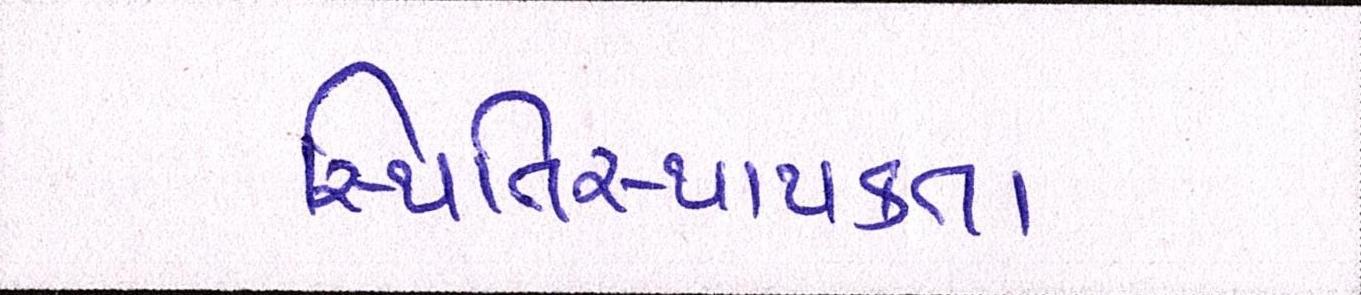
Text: સ્થિતિસ્થાપકતા